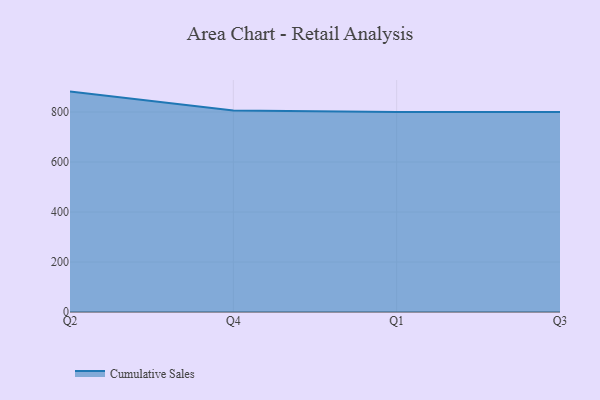
{"axis": {"x": "Quarter", "y": "Population (Million)"}, "legend": ["Cumulative Sales"], "data": [{"x": "Q2", "y": 881.7, "type": "Cumulative Sales"}, {"x": "Q4", "y": 806.1, "type": "Cumulative Sales"}, {"x": "Q1", "y": 800, "type": "Cumulative Sales"}, {"x": "Q3", "y": 800, "type": "Cumulative Sales"}]}